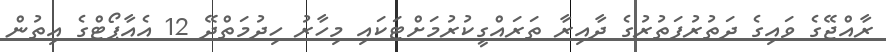
ރާއްޖޭގެ ވައިގެ ދަތުރުފަތުރުގެ ދާއިރާ ތަރައްގީކުރުމަށްޓަކައި މިހާރު ހިދުމަތްދޭ 12 އެއާޕޯޓްގެ އިތުުން